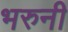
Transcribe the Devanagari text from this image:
भरुनी